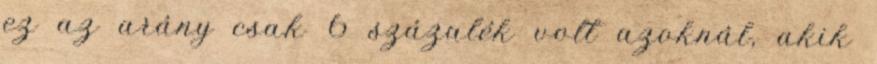
ez az arány csak 6 százalék volt azoknál, akik